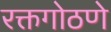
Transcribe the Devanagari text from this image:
रक्तगोठणे